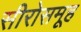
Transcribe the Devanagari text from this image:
सीरोसमूह